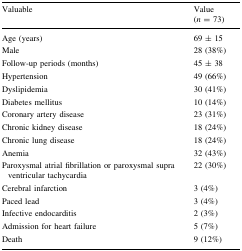
| Valuable | Value (n = 73) |
 | --- | --- |
 | Age (years) | 69 ± 15 |
 | Male | 28 (38%) |
 | Follow-up periods (months) | 45 ± 38 |
 | Hypertension | 49 (66%) |
 | Dyslipidemia | 30 (41%) |
 | Diabetes mellitus | 10 (14%) |
 | Coronary artery disease | 23 (31%) |
 | Chronic kidney disease | 18 (24%) |
 | Chronic lung disease | 18 (24%) |
 | Anemia | 32 (43%) |
 | Paroxysmal atrial fibrillation or paroxysmal supra ventricular tachycardia | 22 (30%) |
 | Cerebral infarction | 3 (4%) |
 | Paced lead | 3 (4%) |
 | Infective endocarditis | 2 (3%) |
 | Admission for heart failure | 5 (7%) |
 | Death | 9 (12%) |